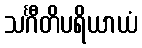
သင်္ဂီတိပရိယာယံ